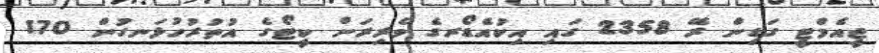
ޖީއެމްޓީ ގަޑިން ރޭ 2358 ގައި އިކުއެޑޯރގެ ވެރިރަށް ކީޓޯގެ އުތުރުހުޅަނގުން 170